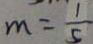
m = \frac { 1 } { 5 }